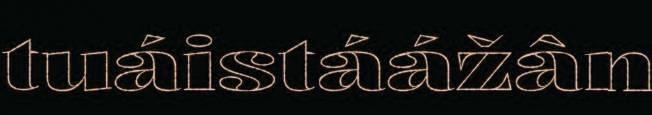
tuáistáážân